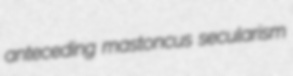
anteceding mastoncus secularism